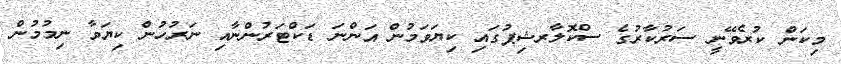
މިކަން ކުރެވޭނީ ސަރުކާރުގެ ސްކޮލާރޝިޕުގައި ކިޔަވަމުން އަންނަ ޑަކްޓަރުންނާއި ނަރުހުން ކިޔަވާ ނިމުމުން